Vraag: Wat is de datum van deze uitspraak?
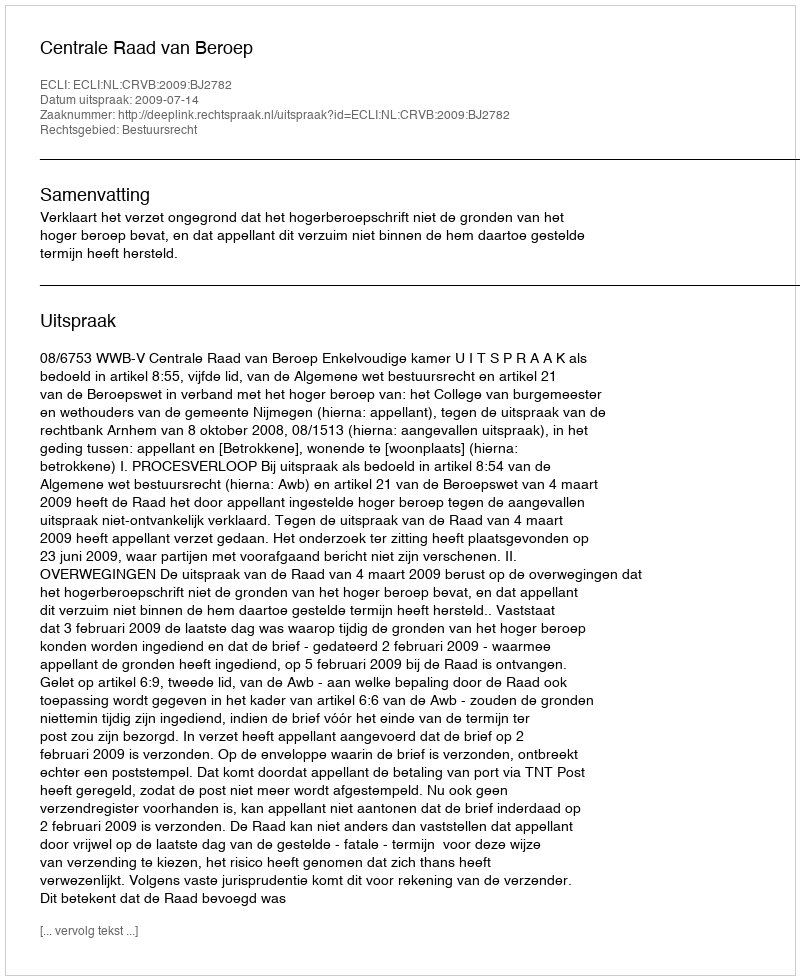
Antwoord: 2009-07-14